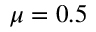
\mu = 0 . 5